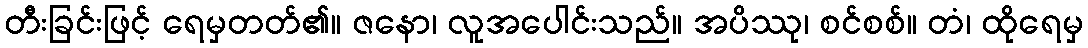
တီးခြင်းဖြင့် ရေမှတတ်၏။ ဇနော၊ လူအပေါင်းသည်။ အပိဿု၊ စင်စစ်။ တံ၊ ထိုရေမှ